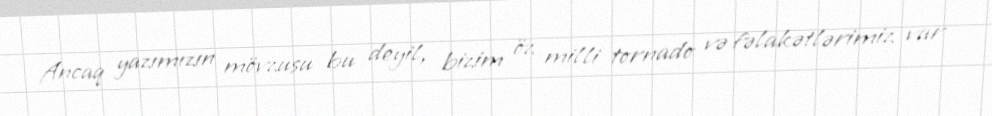
Ancaq yazımızın mövzusu bu deyil, bizim öz milli tornado və fəlakətlərimiz var